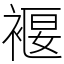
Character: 褗